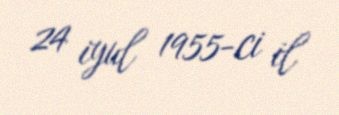
24 iyul 1955-ci il